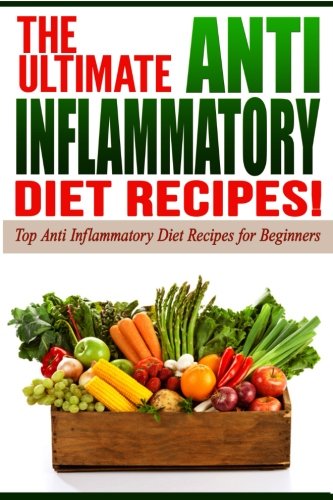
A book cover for Anti Inflammatory Diet: The Ultimate Anti-Inflammatory Diet Recipes! (Lose Weight Now!) (Volume 4); Life Changing Diets; Cookbooks, Food & Wine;